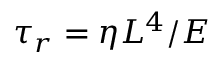
\tau _ { r } = \eta L ^ { 4 } / E